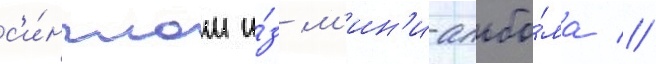
с'и́нглом и́з м'ин'и-альбо́ма //